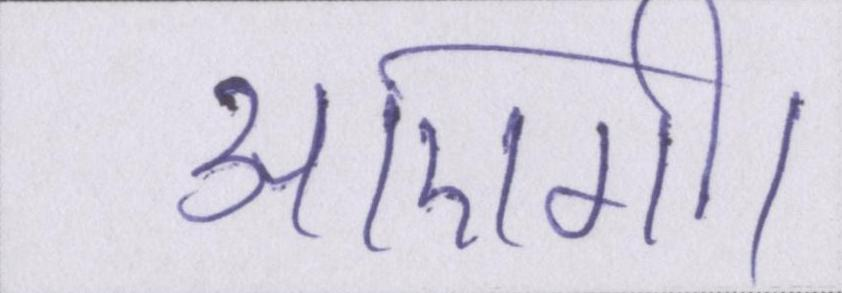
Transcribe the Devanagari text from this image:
आएगी।